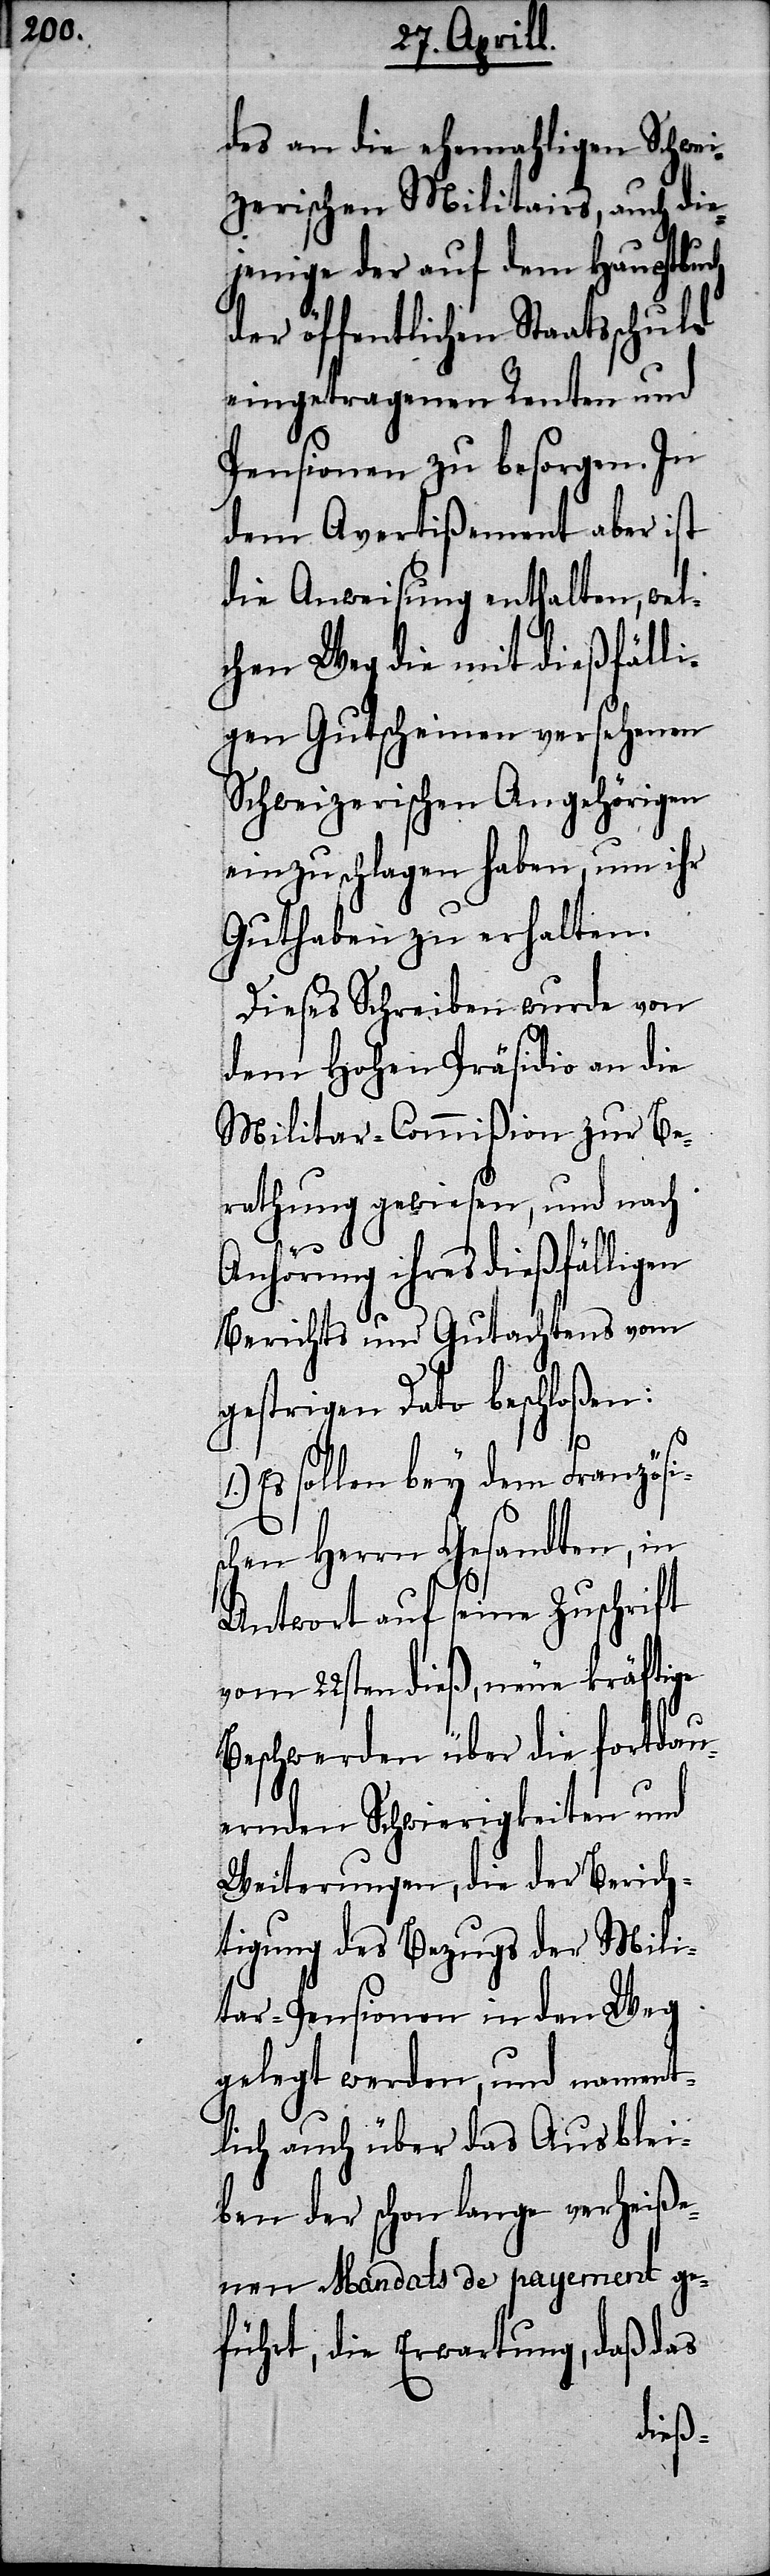
des an die ehemahligen Schw¬
zerischen Militairs,
auch die¬
jenige der auf dem Hauptbu¬
der öffentlichen Staatsschuld
eingetragenen Renten und
Pensionen zu besorgen. In
dem Avertißement aber ist
die Anweisung enthalten, wel¬
chen Weg die mit dießfälli¬
gen Gutscheinen Angehörigen
einzuschlagen haben, um ihr
Guthaben zu erhalten.
Dieses Schreiben wurde von
dem Hohen Präsidio an die
Militar-Commißion zur Be¬
rathung gewiesen, und nach
Anhörung ihres dießfälligen
Berichts und Gutachtens vom
gestrigen Dato beschloßen:
1.)
Es sollen bey dem Französi¬
schen Herrn Gesandten, in
Antwort auf seine Zuschrift
vom 22sten dieß, neue kräftige
Beschwerden über die fortdau¬
ernden Schwierigkeiten und
Weiterungen, die der Berich¬
tigung des Bezugs der Mili¬
tar-Pensionen in den Weg
gelegt werden, und nament¬
lich auch über das Ausblei¬
ben der schon lange verheiße¬
nen Mandats de payement ge¬
führt, die Erwartung, daß das